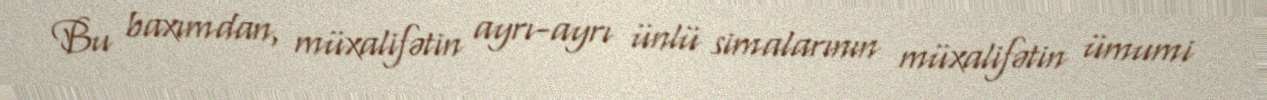
Bu baxımdan, müxalifətin ayrı-ayrı ünlü simalarının müxalifətin ümumi